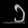
Digit: ၁